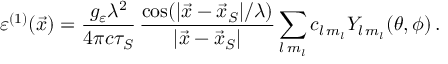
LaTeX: \varepsilon ^ { ( 1 ) } ( \vec { x } ) = \frac { g _ { \varepsilon } \lambda ^ { 2 } } { 4 \pi c \tau _ { S } } \, \frac { \cos ( | \vec { x } - \vec { x } _ { S } | / \lambda ) } { | \vec { x } - \vec { x } _ { S } | } \sum _ { l \, m _ { l } } c _ { l \, m _ { l } } Y _ { l \, m _ { l } } ( \theta , \phi ) \, .